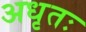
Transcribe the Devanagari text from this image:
अधृतः